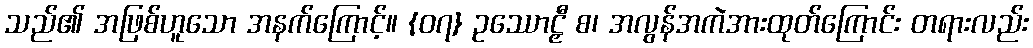
သည်၏ အဖြစ်ဟူသော အနက်ကြောင့်။ {၀၇} ဥဿောဠှီ စ၊ အလွန်အကဲအားထုတ်ကြောင်း တရားလည်း